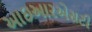
આઇઆરએસટી